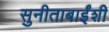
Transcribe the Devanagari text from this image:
सुनीताबाईंशी